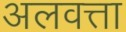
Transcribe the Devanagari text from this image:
अलवत्ता